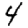
Digit: 4